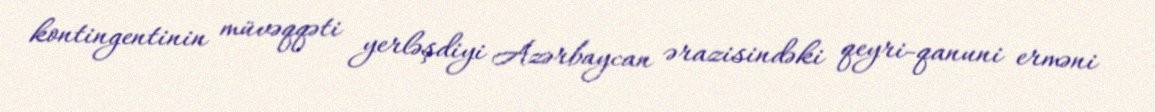
kontingentinin müvəqqəti yerləşdiyi Azərbaycan ərazisindəki qeyri-qanuni erməni